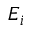
E _ { i }